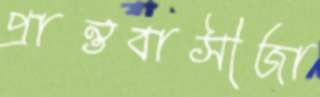
প্রান্তবাসীজা